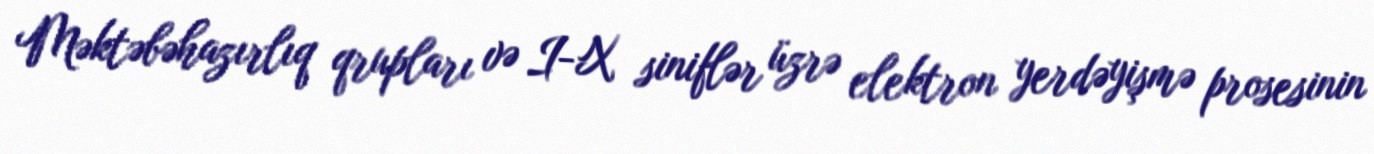
Məktəbəhazırlıq qrupları və I-X siniflər üzrə elektron yerdəyişmə prosesinin